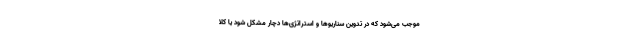
موجب می‌شود که در تدوین سناریوها و استراتژی‌ها دچار مشکل شود یا کلاً